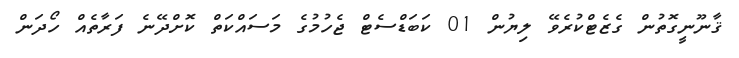
ޤާނޫނީގޮތުން ގެޒެޓްކުރެވޭ ލިޔުން 01 ކަބަޑްސެޓް ޖެހުމުގެ މަސައްކަތް ކޮށްދޭނެ ފަރާތެއް ހޯދަން